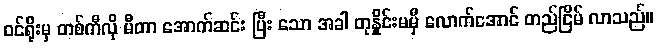
ဝင်ရိုးမှ တစ်ကီလို မီတာ အောက်ဆင်း ပြီး သော အခါ တုန်ှိုင်းမမှီ လောက်အောင် တည်ငြိမ် လာသည်။